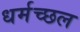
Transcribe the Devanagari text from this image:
धर्मच्छल